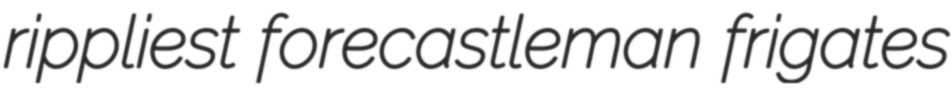
rippliest forecastleman frigates